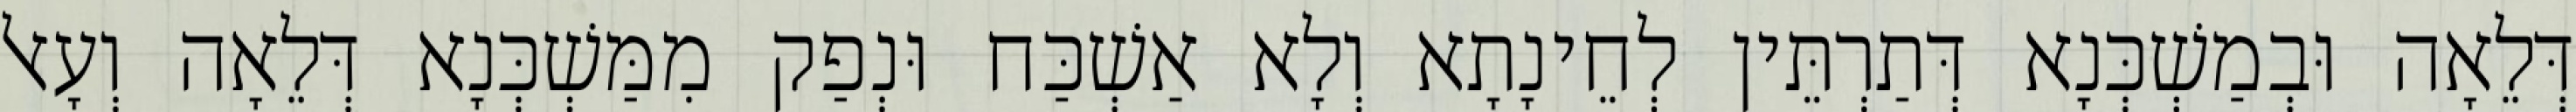
דְּלֵאָה וּבְמַשְׁכְּנָא דְּתַרְתֵּין לְחֵינָתָא וְלָא אַשְׁכַּח וּנְפַק מִמַּשְׁכְּנָא דְּלֵאָה וְעָאל